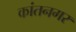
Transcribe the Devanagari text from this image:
कांतनगर